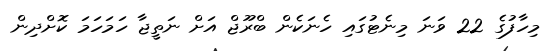
މިހާފުގެ 22 ވަނަ މިނެޓުގައި ހެނަކެން ބްރޫޖް އަށް ނަތީޖާ ހަމަހަމަ ކޮށްދިން